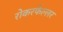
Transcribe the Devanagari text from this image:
रोकरफेल्लर